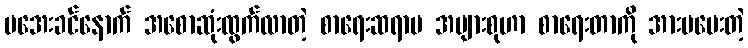
မအေးခင်နောက် အစောဆုံးထွက်လာတဲ့ စာရေးဆရာမ အများစုဟာ စာရေးတာကို အားမပေးတဲ့